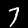
Label: 7